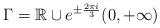
LaTeX: \begin{align*}\Gamma=\mathbb R\cup e^{\pm \frac{2\pi i}{3}} (0,+\infty)\end{align*}